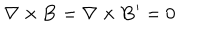
{ \bf \nabla } \times { \bf B } = { \bf \nabla } \times { \bf B ^ { \prime } } = 0